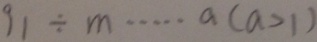
9 1 \div m \cdots a ( a > 1 )